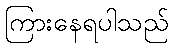
ကြားနေရပါသည်